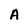
Character: A